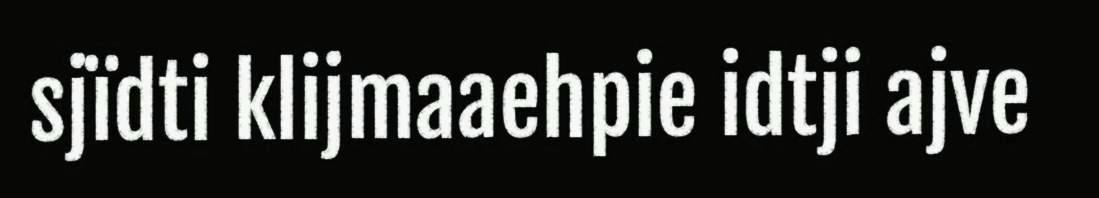
sjïdti klijmaaehpie idtji ajve